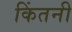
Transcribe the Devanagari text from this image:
किंतनी